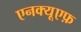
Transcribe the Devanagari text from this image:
एनक्यूएफ़